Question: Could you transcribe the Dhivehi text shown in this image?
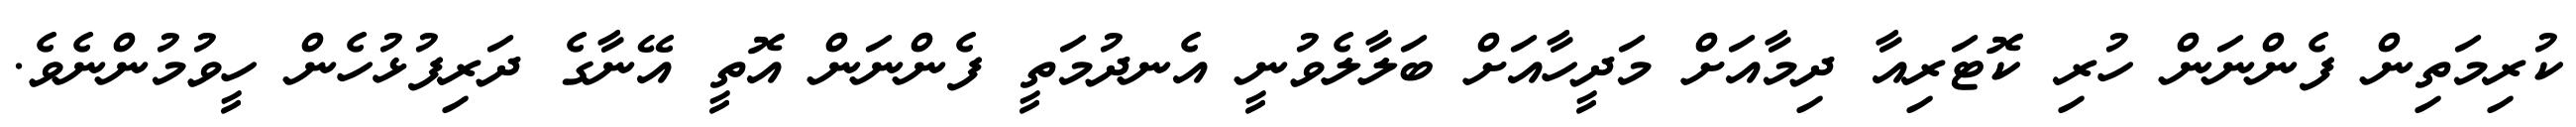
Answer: ކުރިމަތިން ފެންނަން ހުރި ކޮޓަރިއާ ދިމާއަށް މަދީހާއަށް ބަލާލެވުނީ އެނދުމަތީ ފެންނަން އޮތީ އޭނާގެ ދަރިފުޅުހެން ހީވުމުންނެވެ.